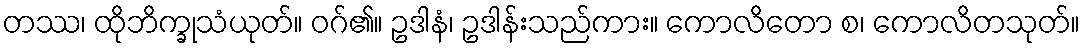
တဿ၊ ထိုဘိက္ခုသံယုတ်။ ဝဂ်၏။ ဥဒါနံ၊ ဥဒါန်းသည်ကား။ ကောလိတော စ၊ ကောလိတသုတ်။